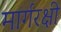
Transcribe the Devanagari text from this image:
मार्गरक्षी